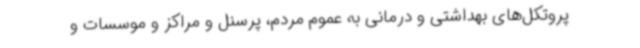
پروتکل‌های بهداشتی و درمانی به عموم مردم، پرسنل و مراکز و موسسات و